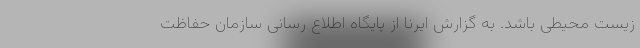
زیست محیطی باشد. به گزارش ایرنا از پایگاه اطلاع رسانی سازمان حفاظت